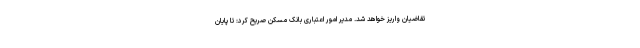
تقاضیان واریز خواهد شد. مدیر امور اعتباری بانک مسکن صریح کرد: تا پایان